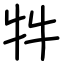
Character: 牪